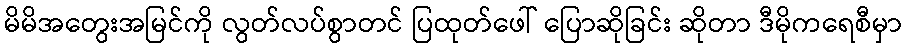
မိမိအတွေးအမြင်ကို လွတ်လပ်စွာတင် ပြထုတ်ဖေါ် ပြောဆိုခြင်း ဆိုတာ ဒီမိုကရေစီမှာ